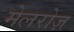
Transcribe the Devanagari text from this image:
मेलरोज़